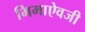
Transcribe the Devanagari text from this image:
भिमाऐवजी